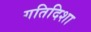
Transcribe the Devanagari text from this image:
गतिदिशा